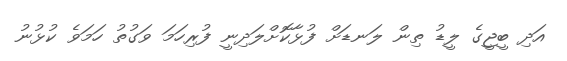
އަދި ބީޖީގެ ލީޑު ތިން ލަނޑަށް ފުޅާކޮށްލަދިނީ ފުރިހަމަ ވަގުތު ހަމަވެ ކުޅުނު